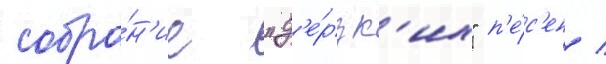
собра́н'ие "д'е́рзк'их" п'е́с'ен /